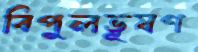
বিপুলভূষণ